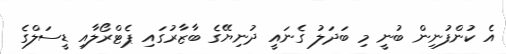
އެ ކުންފުނިން ބުނީ މި ބަދަލު ގެނައީ ދުނިޔޭގެ ބާޒާރުގައި ޕެޓްރޯލާއި ޑީސަލްގެ